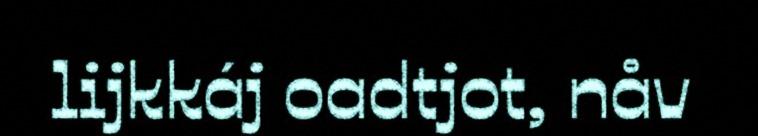
lijkkáj oadtjot, nåv